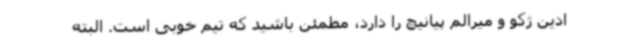
ادین ژکو و میرالم پیانیچ را دارد، مطمئن باشید که تیم خوبی است. البته